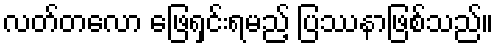
လတ်တလော ဖြေရှင်းရမည့် ပြဿနာဖြစ်သည်။